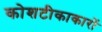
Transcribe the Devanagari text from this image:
कोशटीकाकारों